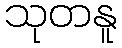
သုတနူ